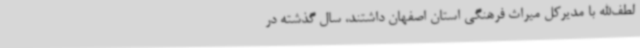
لطف‌الله با مدیرکل میراث فرهنگی استان اصفهان داشتند، سال گذشته در